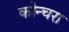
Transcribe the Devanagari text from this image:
कोन्चरा